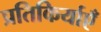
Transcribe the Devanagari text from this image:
प्रतिकिर्याएँ